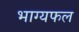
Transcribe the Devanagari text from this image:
भाग्यफल